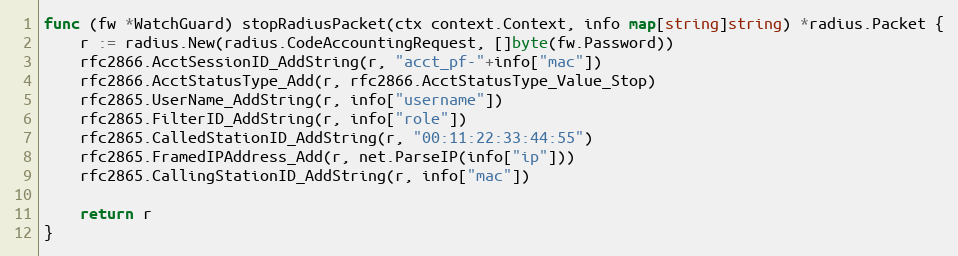
Language: Go
func (fw *WatchGuard) stopRadiusPacket(ctx context.Context, info map[string]string) *radius.Packet {
	r := radius.New(radius.CodeAccountingRequest, []byte(fw.Password))
	rfc2866.AcctSessionID_AddString(r, "acct_pf-"+info["mac"])
	rfc2866.AcctStatusType_Add(r, rfc2866.AcctStatusType_Value_Stop)
	rfc2865.UserName_AddString(r, info["username"])
	rfc2865.FilterID_AddString(r, info["role"])
	rfc2865.CalledStationID_AddString(r, "00:11:22:33:44:55")
	rfc2865.FramedIPAddress_Add(r, net.ParseIP(info["ip"]))
	rfc2865.CallingStationID_AddString(r, info["mac"])

	return r
}